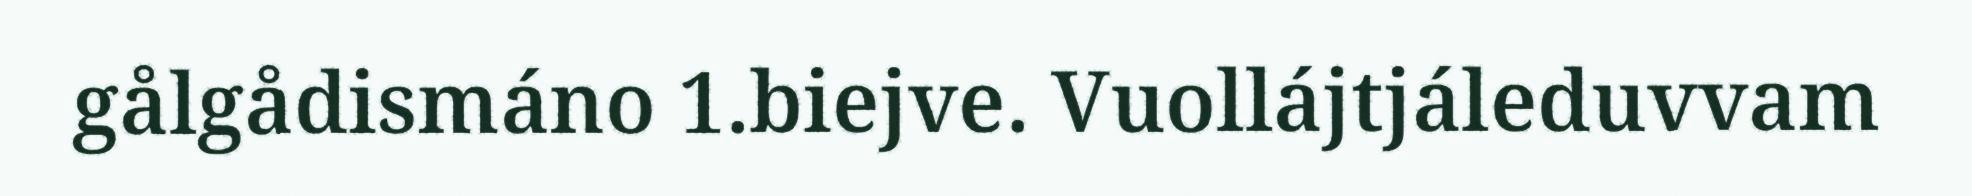
gålgådismáno 1.biejve. Vuollájtjáleduvvam